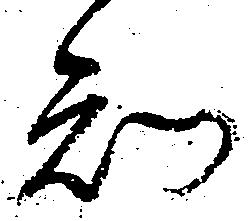
知